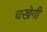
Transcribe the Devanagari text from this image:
चखेगी